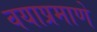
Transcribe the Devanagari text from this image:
वयाप्रमाणे